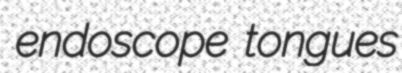
endoscope tongues